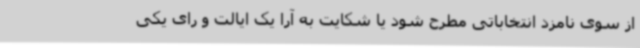
از سوی نامزد انتخاباتی مطرح شود یا شکایت به آرا یک ایالت و رای یکی